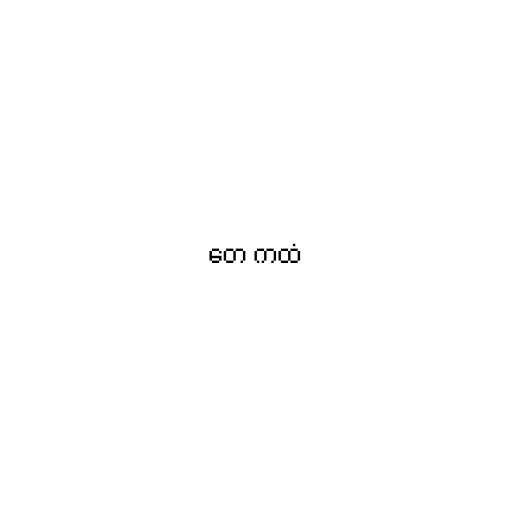
တေ ကထံ